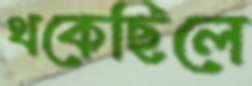
থকেছিলে